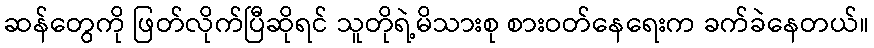
ဆန်တွေကို ဖြတ်လိုက်ပြီဆိုရင် သူတိုရဲ့မိသားစု စားဝတ်နေရေးက ခက်ခဲနေတယ်။